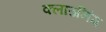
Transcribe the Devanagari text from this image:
क्लाउनिंग